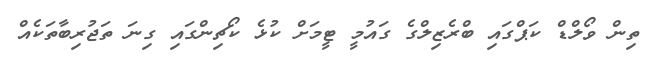
ތިން ވޯލްޑް ކަޕްގައި ބްރެޒިލްގެ ގައުމީ ޓީމަށް ކުޅެ ކޯޗިންގައި ގިނަ ތަޖުރިބާތަކެއް